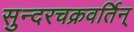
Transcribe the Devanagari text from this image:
सुन्दरचक्रवर्तिन्